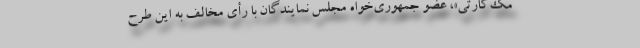
مک‌کارتی»، عضو جمهوری‌خواه مجلس نمایندگان با رأی مخالف به این طرح